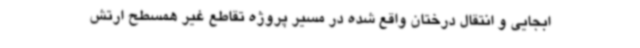
ابجایی و انتقال درختان واقع شده در مسیر پروژه تقاطع غیر همسطح ارتش